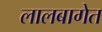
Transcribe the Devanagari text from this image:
लालबागेत